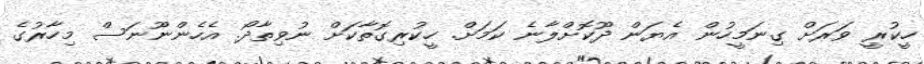
ހީކުރީ ވަރަށް ގިނަމީހުން އެޔަން ދޫކޮށްލާނެ ކަމަށް. ހީކުރިގޮތާކަށް ނުވިތާދޯ. އެހެންނޫނަސް މިހާރުގެ